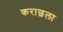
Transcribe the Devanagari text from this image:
कराछला